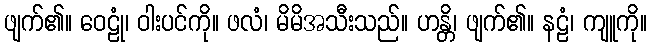
ဖျက်၏။ ဝေဠုံ၊ ဝါးပင်ကို။ ဖလံ၊ မိမိအသီးသည်။ ဟန္တိ၊ ဖျက်၏။ နဠံ၊ ကျူကို။